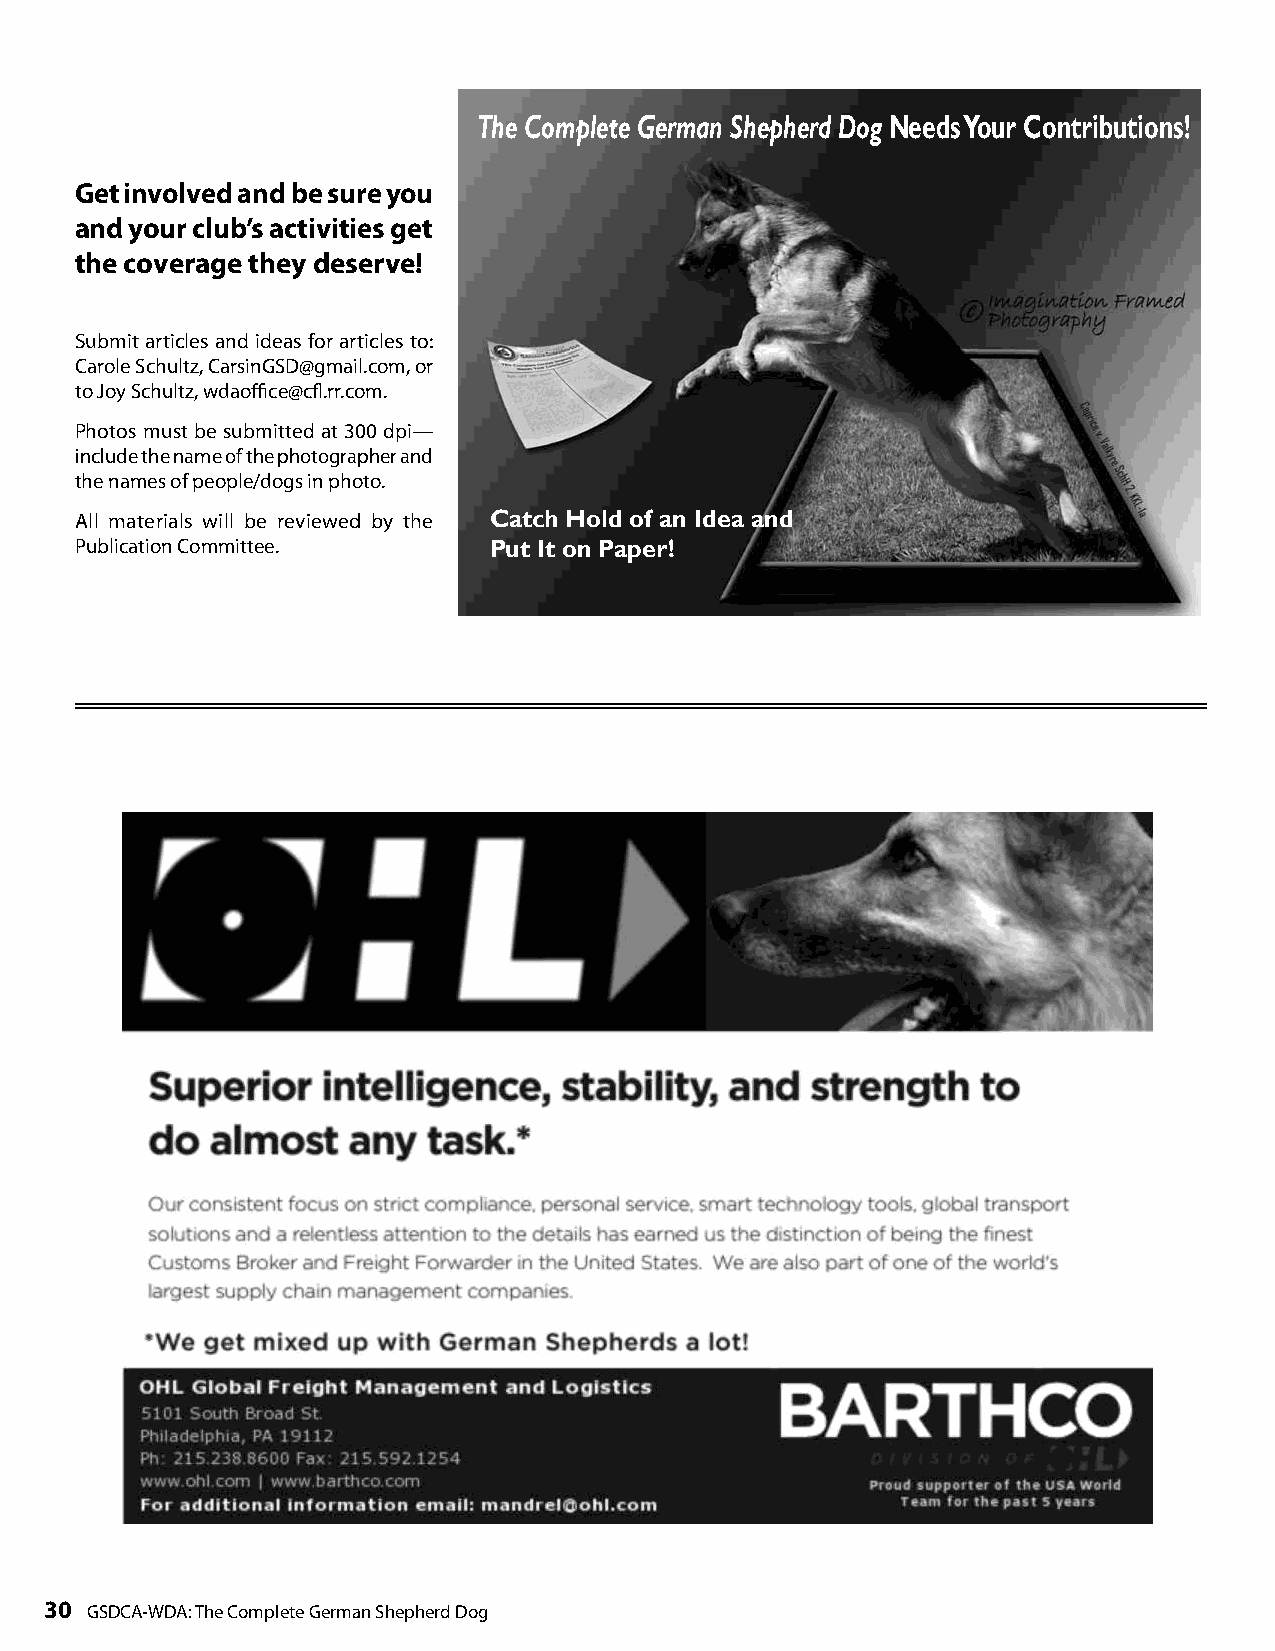
The Complete German Shepherd Dog Needs Your Contributions!
 Get involved and be sure you
 and your club’s activities get
 the coverage they deserve!
 Submit articles and ideas for articles to:
 Carole Schultz, CarsinGSD@gmail.com, or
 to Joy Schultz, wdaoffice@cfl.rr.com.
 Photos must be submitted at 300 dpi—
 include the name of the photographer and
 the names of people/dogs in photo.
 All materials will be reviewed by the Catch Hold of an Idea and
 Publication Committee.     Put It on Paper!
 30 GSDCA-WDA: The Complete German Shepherd Dog